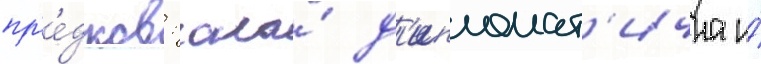
пр'е́дков: она́ д'ипломат'ична и́